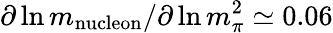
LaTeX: \partial\ln m_{\mathrm{nucleon}}/\partial\ln m_{\pi}^{2}\simeq 0.06